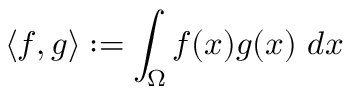
\langle f , g \rangle : = \int _ { \Omega } f ( x ) g ( x ) \ d x